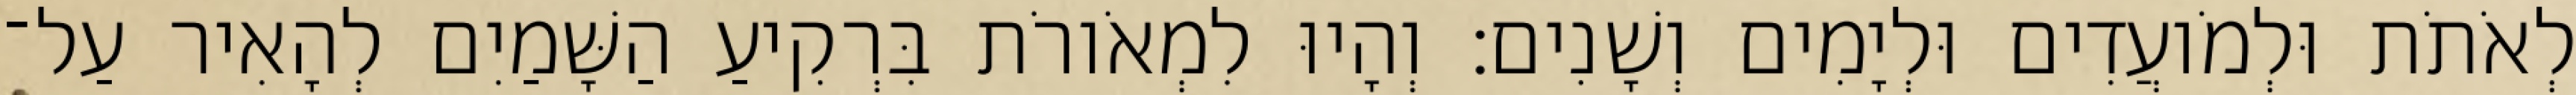
לְאֹתֹת וּלְמֹועֲדִים וּלְיָמִים וְשָׁנִים׃ וְהָיוּ לִמְאֹורֹת בִּרְקִיעַ הַשָּׁמַיִם לְהָאִיר עַל־